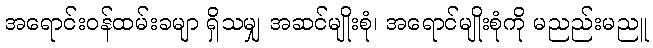
အရောင်းဝန်ထမ်းခမျာ ရှိသမျှ အဆင်မျိုးစုံ၊ အရောင်မျိုးစုံကို မညည်းမညူ